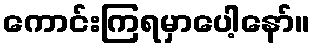
ကောင်းကြရမှာပေါ့နော်။